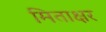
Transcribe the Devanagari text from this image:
मिताक्षर